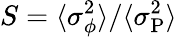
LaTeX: S=\langle\sigma_{\phi}^{2}\rangle/\langle\sigma_{\mathrm P}^{2}\rangle